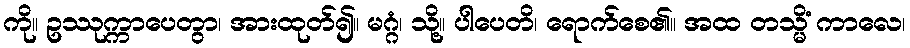
ကို။ ဥဿုက္ကာပေတွာ၊ အားထုတ်၍။ မဂ္ဂံ၊ သို့။ ပါပေတိ၊ ရောက်စေ၏။ အထ တသ္မိံ ကာလေ၊